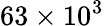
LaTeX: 63\times 10^{3}